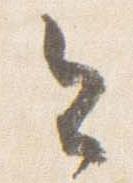
今